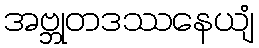
အဗ္ဘုတဒဿနေယျံ